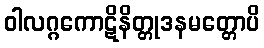
ဝါလဂ္ဂကောဋိနိတ္တုဒနမတ္တောပိ